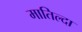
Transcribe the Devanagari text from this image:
मातिल्दा